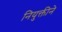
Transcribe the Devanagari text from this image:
नियुक्तीने